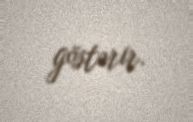
göstərir.